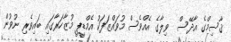
ޤާސިމްގެ އާދޭސް  ވިލާގެ އެއްވެސް މުވައްޒަފަކު އެމްޑީޕީ މުޒާހަރާގައި ބައިވެރި ނުވުން